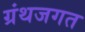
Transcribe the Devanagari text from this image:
ग्रंथजगत